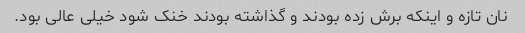
نان تازه و اینکه برش زده بودند و گذاشته بودند خنک شود خیلی عالی بود.